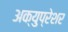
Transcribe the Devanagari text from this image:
अक्युप्रेशर